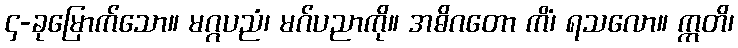
၄-ခုမြောက်သော။ မဂ္ဂပညံ၊ မဂ်ပညာကို။ အဓိဂတော ကိံ၊ ရသလော။ ဣတိ၊